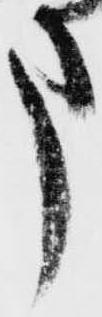
申